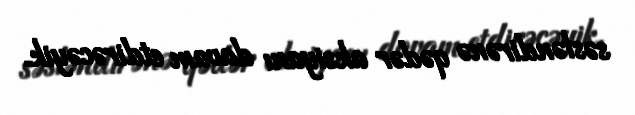
səsləndirənə qədər aksiyanı davam etdirəcəyik.